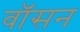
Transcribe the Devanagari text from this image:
वॉसन